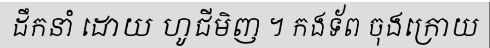
ដឹកនាំ ដោយ ហូជីមិញ ។ កងទ័ព ចុងក្រោយ